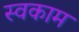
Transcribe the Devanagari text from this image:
स्वकाम